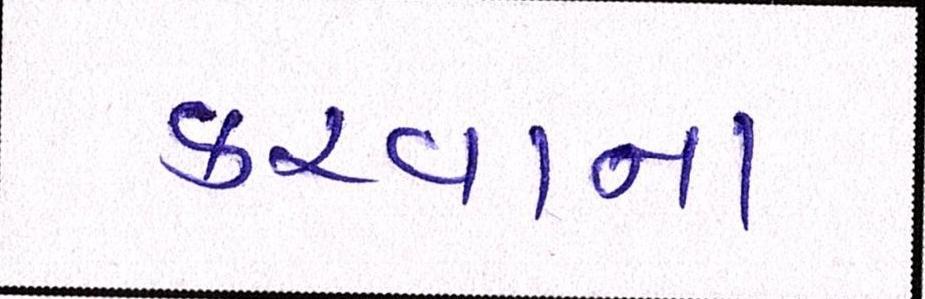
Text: કરવાના